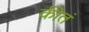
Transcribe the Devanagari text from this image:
कीतं